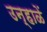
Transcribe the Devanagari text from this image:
उन्हाळें